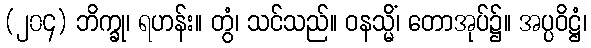
(၂၀၄) ဘိက္ခု၊ ရဟန်း။ တွံ၊ သင်သည်။ ဝနသ္မိံ၊ တောအုပ်၌။ အပ္ပဝိဋ္ဌံ၊